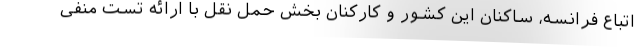
اتباع فرانسه، ساکنان این کشور و کارکنان بخش حمل نقل با ارائه تست منفی